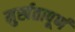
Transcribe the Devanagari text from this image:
मुर्खतापूर्ण